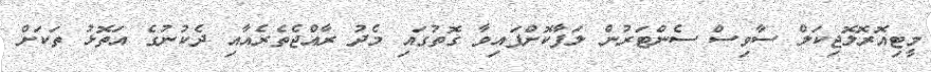
މީޓިއޮރޮލޮޖިކަލް ސާވިސް ސެންޓަރުން ލަފާކޮށްފައިވާ ގޮތުގައި މެދު ރާއްޖެތެރެއާއި ދެކުނުގެ އަތޮޅު ތަކަށް